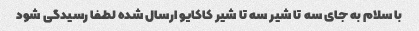
با سلام به جای سه تا شیر سه تا شیر کاکایو ارسال شده لطفا رسیدگی شود